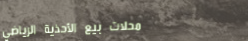
محلات بيع الأحذية الرياضي